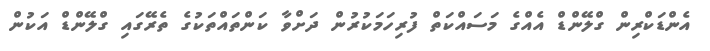
އެންޑަކްރިން ގްލޭންޑް އެއްގެ މަސައްކަތް ފުރިހަމަކުރުން ދަށްވާ ކަންތައްތަކުގެ ތެރޭގައި ގްލޭންޑް އަކުން